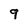
Character: 9